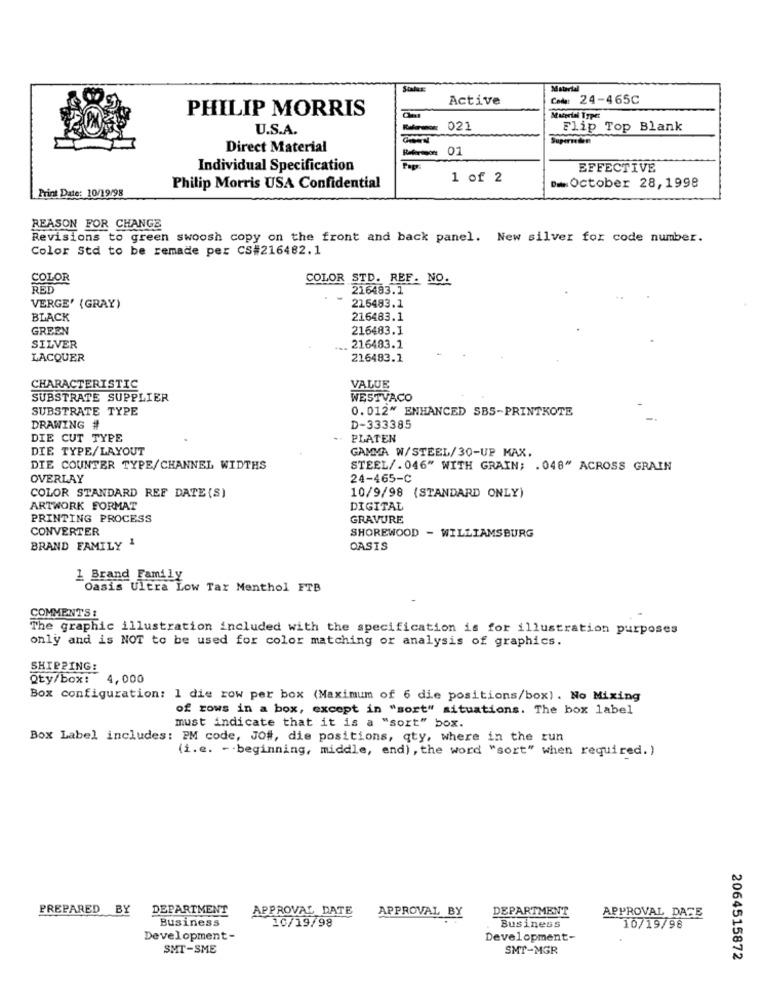
Material
Active
24-465C
PHILIP MORRIS
Material Typer
U.S.A.
021
Flip Top Blank
Direct Material
01
Individual Specification
EFFECTIVE
1 of 2
Print Date: 10/19/98
Philip Morris USA Confidential
Dw October 28, 1998
REASON FOR CHANGE
Revisions to green swoosh copy on the front and back panel. New silver for code number.
Color Std to be remade per CS#216482.1
COLOR
COLOR STD. REF. NO.
RED
216483.1
VERGE' {GRAY)
215483.1
BLACK
216483.1
GREEN
216483.1
216483.1
SILVER
LACQUER
216483.1
CHARACTERISTIC
VALUE
SUBSTRATE SUPPLIER
WESTVACO
SUBSTRATE TYPE
0.012" ENHANCED SBS-PRINTKOTE
DRAWING #
D-333385
DIE CUT TYPE
PLATEN
DIE TYPE/LAYOUT
GAMMA W/STEEL/30-UP MAX.
DIE COUNTER TYPE/CHANNEL WIDTHS
STEEL/.046" WITH GRAIN; . 048" ACROSS GRAIN
OVERLAY
24-465-C
10/9/98 (STANDARD ONLY)
COLOR STANDARD REF DATE (S)
ARTWORK FORMAT
DIGITAL
PRINTING PROCESS
GRAVURE
CONVERTER
SHOREWOOD - WILLIAMSBURG
BRAND FAMILY 1
OASIS
1 Brand Family
Oasis Ultra Low Tar Menthol FTB
COMMENTS :
The graphic illustration included with the specification is for illustration purposes
only and is NOT to be used for color matching or analysis of graphics.
SHIPPING:
Qty/box: 4,000
Box configuration: 1 die row per box (Maximum of 6 die positions/box) . No Mixing
of rows in a box, except in "sort" situations. The box label
must indicate that it is a "sort" box.
Box Label includes: PM code, JO#, die positions, qty, where in the run
(1.e. -. beginning, middle, end), the word "sort" when required. )
PREPARED
BY
DEPARTMENT
APPROVAL DATE
APPROVAL BY
DEPARTMENT
Business
APPROVAL DATE
20/19/98
Business
10/19/98
Development-
Development-
SMT-SME
SMT-MGR
2064515872